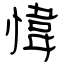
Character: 愇